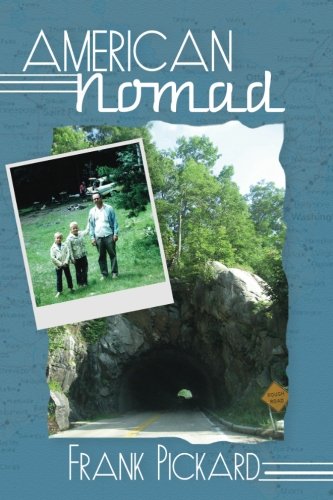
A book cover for American Nomad; Frank Pickard; Parenting & Relationships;